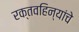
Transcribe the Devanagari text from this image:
रक्तवहिन्यांचे